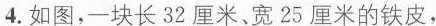
4.如图，一块长32厘米、宽25厘米的铁皮，